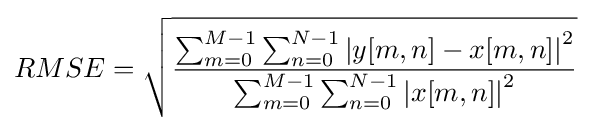
RMSE={\sqrt {\frac {\sum _{m=0}^{M-1}\sum _{n=0}^{N-1}\left|y[m,n]-x[m,n]\right|^{2}}{\sum _{m=0}^{M-1}\sum _{n=0}^{N-1}\left|x[m,n]\right|^{2}}}}